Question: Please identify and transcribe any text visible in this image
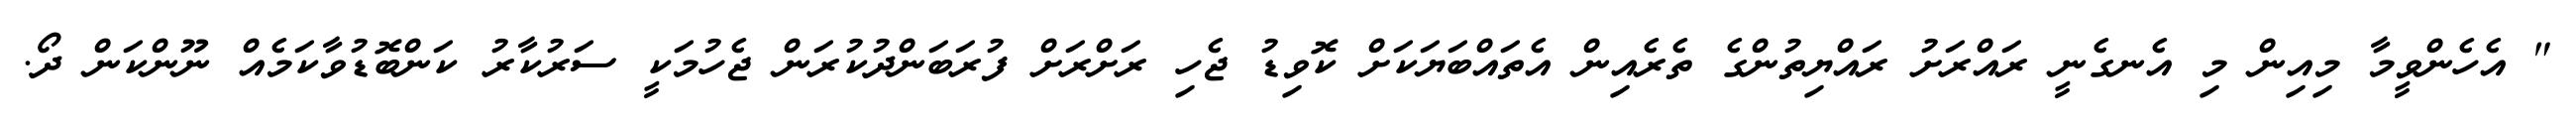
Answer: " އެހެންވީމާ މިއިން މި އެނގެނީ ރައްރަށު ރައްޔިތުންގެ ތެރެއިން އެތައްބަޔަކަށް ކޮވިޑު ޖެހި ރަށްރަށް ފުރަބަންދުކުރަން ޖެހުމަކީ ސަރުކާރު ކަންބޮޑުވާކަމެއް ނޫންކަން ދޯ.